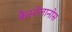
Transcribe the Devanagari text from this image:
कैस्टेलानोस